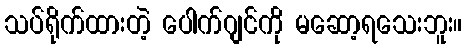
သပ်ရိုက်ထားတဲ့ ပေါက်ဂျင်ကို မဆော့ရသေးဘူး။